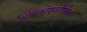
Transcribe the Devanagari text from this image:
थोराकोएब्डोमिनल